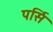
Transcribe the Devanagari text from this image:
पर्सि